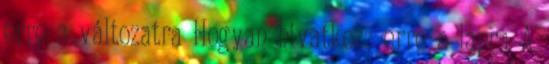
erre a változatra Hogyan hivatkozz erre a lapra A